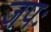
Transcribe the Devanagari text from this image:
जपः